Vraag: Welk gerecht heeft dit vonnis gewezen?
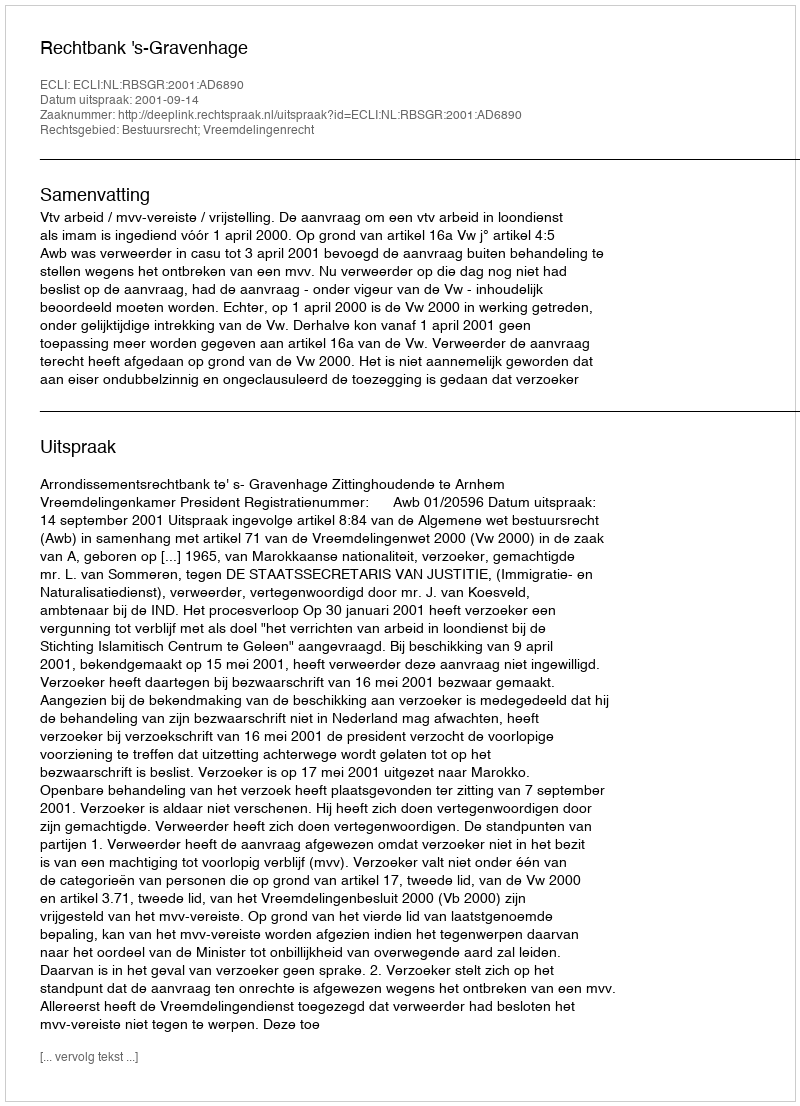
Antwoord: Rechtbank 's-Gravenhage